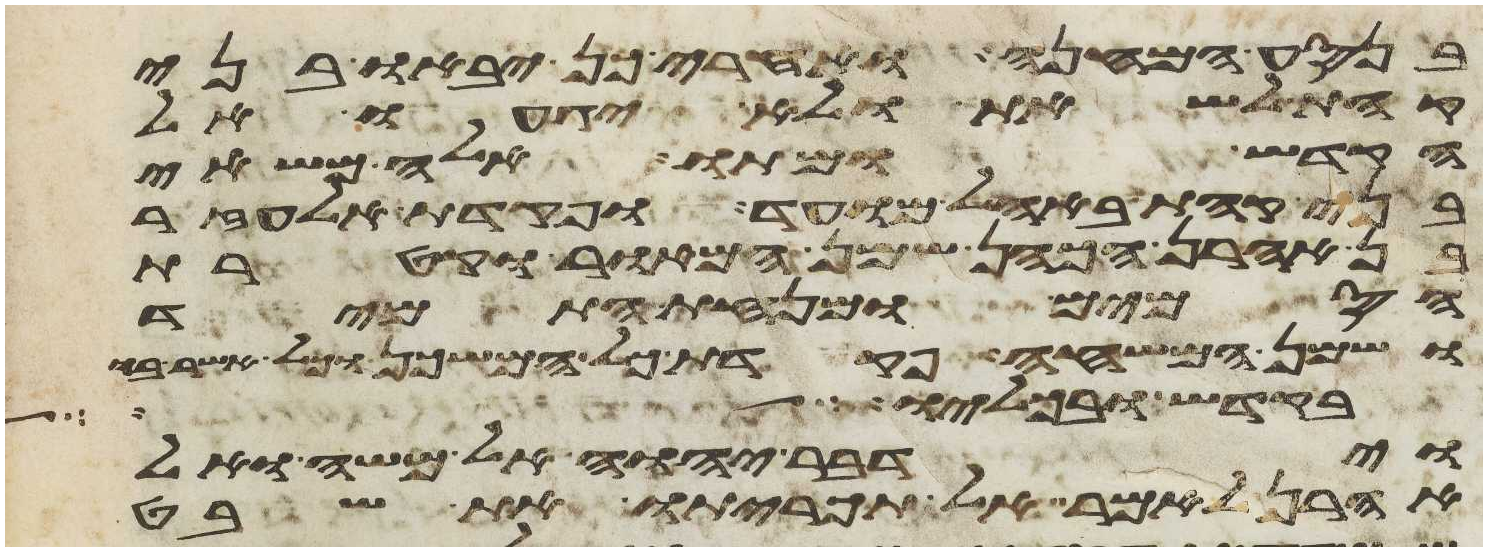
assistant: בנסע המחנה ואחרי כן יבאו בני
קהת לשאת ולא יגעו אל
הקדש ומתו אלה משאי
בני קהת באהל מועד ופקדת אלעזר
בן אהרן הכהן שמן המאור וקטרת
הסמים ומנחת התמיד
ושמן המשחה פקדת כל המשכן וכל אשר בו
בקדש ובכליו וידבר
וידבר יהוה אל משה ואל
אהרן לאמר אל תכריתו את שבט